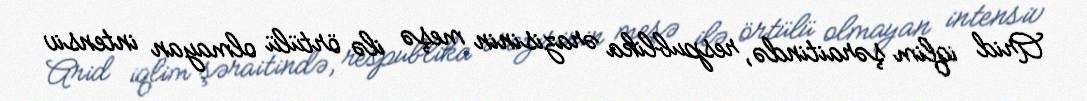
Arid iqlim şəraitində, respublika ərazisinin meşə ilə örtülü olmayan intensiv